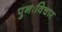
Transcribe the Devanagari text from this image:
पुनःविचार